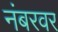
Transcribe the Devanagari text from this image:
नंबरवर